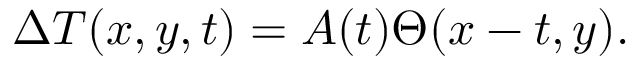
\begin{array} { r } { \Delta T ( x , y , t ) = A ( t ) \Theta ( x - t , y ) . } \end{array}